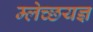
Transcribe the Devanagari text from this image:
म्लेच्छयज्ञ